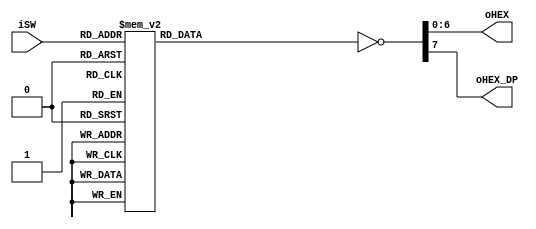
module hex_num (
  input  [3:0] iSW,
  output [6:0] oHEX,
  output       oHEX_DP
);

//  Seven Segment control:
//            a 
//            __
//          f|  |b                              hgfedcba
//           |__|        segment code:  "0" ->  00111111 
//          e|g |c
//           |__| .h
//            d 

  reg [7:0] HEX_status;

  always @ ( iSW ) begin
    case( iSW )
      4'd0:    HEX_status <= 8'b0011_1111;
      4'd1:    HEX_status <= 8'b0000_0110;
      4'd2:    HEX_status <= 8'b0101_1011;
      4'd3:    HEX_status <= 8'b0100_1111;
      4'd4:    HEX_status <= 8'b0110_0110;
      4'd5:    HEX_status <= 8'b0110_1101;
      4'd6:    HEX_status <= 8'b0111_1101;
      4'd7:    HEX_status <= 8'b0010_0111;
      4'd8:    HEX_status <= 8'b0111_1111;
      4'd9:    HEX_status <= 8'b0110_0111;
      4'hA:    HEX_status <= 8'b0111_0111;
      4'hB:    HEX_status <= 8'b1111_1111;
      4'hC:    HEX_status <= 8'b0011_1001;
      4'hD:    HEX_status <= 8'b1011_1111;
      4'hE:    HEX_status <= 8'b0111_1001;
      4'hF:    HEX_status <= 8'b0111_0001;
      default: HEX_status <= 8'b1111_1001;
    endcase
  end

  assign {oHEX_DP, oHEX} = ~HEX_status;

endmodule